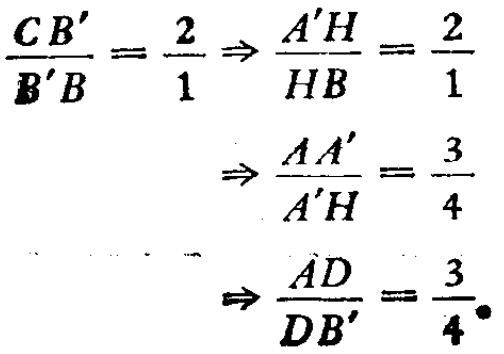
\[\frac{CB'}{B'B}=\frac{2}{1} \Rightarrow \frac{A'H}{HB}=\frac{2}{1} \Rightarrow \frac{AA'}{A'H}=\frac{3}{4} \Rightarrow \frac{AD}{DB'}=\frac{3}{4}.\]